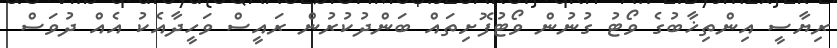
ރިޔާސީ އިންތިޚާބުގެ ވޯޓު ގުނުން ވޯޓުފޮށިތައް ބަންދުކުރުން ރައީސް ވަހީދާއެކު އެއް ދުވަސް